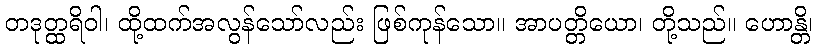
တဒုတ္ထရိဝါ၊ ထို့ထက်အလွန်သော်လည်း ဖြစ်ကုန်သော။ အာပတ္တိယော၊ တို့သည်။ ဟောန္တိ၊